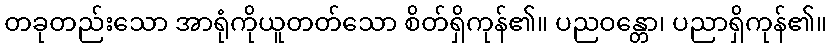
တခုတည်းသော အာရုံကိုယူတတ်သော စိတ်ရှိကုန်၏။ ပညဝန္တော၊ ပညာရှိကုန်၏။